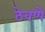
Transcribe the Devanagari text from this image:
ठेवणेे